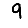
Digit: 9